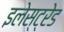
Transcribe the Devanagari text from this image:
इलेस्ट्रेड